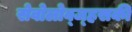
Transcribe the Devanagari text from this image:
सेवोलोव्ज्हसकी